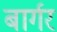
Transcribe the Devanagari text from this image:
बार्गर